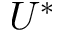
U ^ { * }